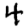
Digit: 4